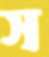
স